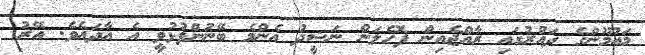
މައުމޫންގެ ދައުރުގައި ރާއްޖެއިން ފޮހެލަން ނަޝީދު އެންމެ ބޭނުންފުޅުވީ އެ އާދައެވެ. އޭރު